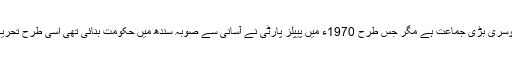
تحریک انصاف گو پنجاب میں عددی اعتبار سے دوسری بڑی جماعت ہے مگر جس طرح 1970ء میں پیپلز پارٹی نے آسانی سے صوبہ سندھ میں حکومت بنائی تھی اسی طرح تحریک انصاف نے بھی پنجاب میں حکومت بنا لی ہے۔